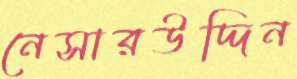
নেসারউদ্দিন